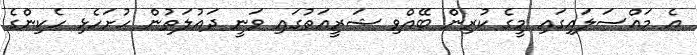
އެ މައްސަލައިގައި މީގެ ކުރިން ބޭއްވި ޝަރީއަތުގައި ވަނީ ދައުލަތުން ހުށަހެޅި ހެކިންގެ